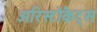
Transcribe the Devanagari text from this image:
अरिस्टोकैट्स